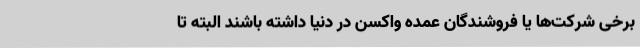
برخی شرکت‌ها یا فروشندگان عمده واکسن در دنیا داشته باشند البته تا